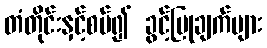
တံတိုင်းနှင့်စပ်၍ ခွင့်ပြုချက်များ